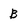
Character: B